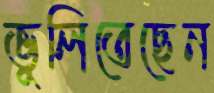
ভুলিতেছেন